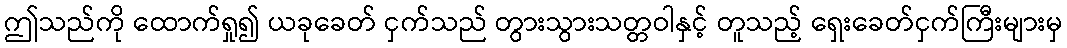
ဤသည်ကို ထောက်ရှု၍ ယခုခေတ် ငှက်သည် တွားသွားသတ္တဝါနှင့် တူသည့် ရှေးခေတ်ငှက်ကြီးများမှ